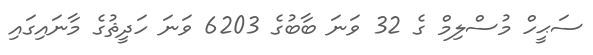
ސަޙީހް މުސްލިމް ގެ 32 ވަނަ ބާބުގެ 6203 ވަނަ ހަދީޘުގެ މާނައިގައި